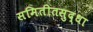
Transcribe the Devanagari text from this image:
समितीतसुद्धा